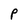
Character: p